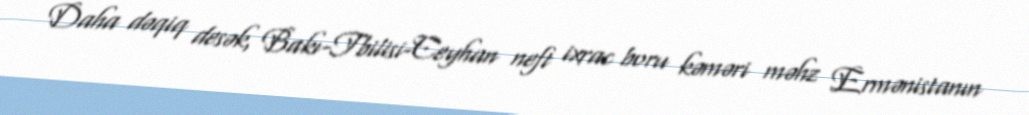
Daha dəqiq desək, Bakı-Tbilisi-Ceyhan neft ixrac boru kəməri məhz Ermənistanın